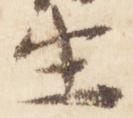
生